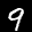
Label: 9